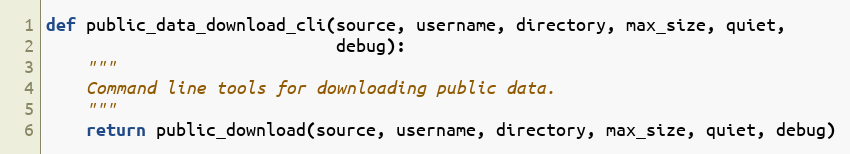
Language: Python
def public_data_download_cli(source, username, directory, max_size, quiet,
                             debug):
    """
    Command line tools for downloading public data.
    """
    return public_download(source, username, directory, max_size, quiet, debug)